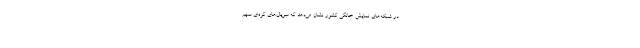
در شبکه‌های نمایش خانگی کشور نشان می‌دهد که سریال‌های کره‌ای سهم